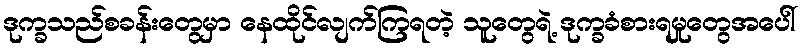
ဒုက္ခသည်စခန်းတွေမှာ နေထိုင်လျက်ကြရတဲ့ သူတွေရဲ့ ဒုက္ခခံစားရမှုတွေအပေါ်